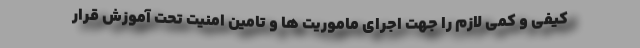
کیفی و کمی لازم را جهت اجرای ماموریت ها و تامین امنیت تحت آموزش قرار